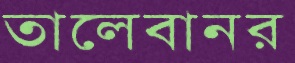
তালেবানর